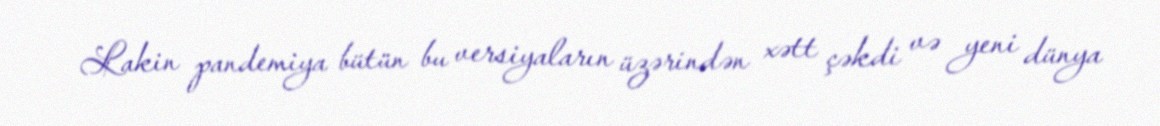
Lakin pandemiya bütün bu versiyaların üzərindən xətt çəkdi və yeni dünya